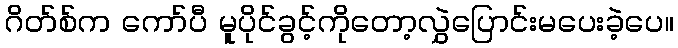
ဂိတ်စ်က ကော်ပီ မူပိုင်ခွင့်ကိုတော့လွှဲပြောင်းမပေးခဲ့ပေ။